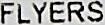
FLYERS